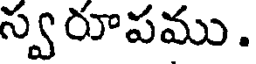
స్వరూపము.